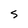
Character: S